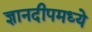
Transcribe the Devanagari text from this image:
ज्ञानदीपमध्ये